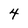
Character: 4